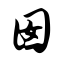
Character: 囡